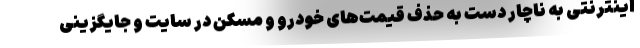
اینترنتی به ناچار دست به حذف قیمت‌های خودرو و مسکن در سایت و جایگزینی